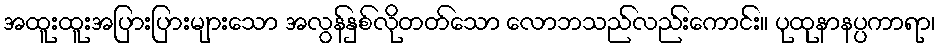
အထူးထူးအပြားပြားများသော အလွန်နှစ်လိုတတ်သော လောဘသည်လည်းကောင်း။ ပုထုနာနပ္ပကာရာ၊